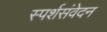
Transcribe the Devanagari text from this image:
स्पर्शसंवेदन